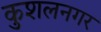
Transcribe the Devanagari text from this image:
कुशलनगर